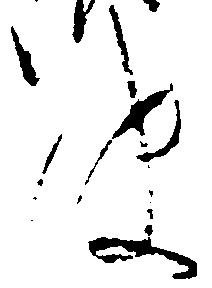
使